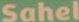
Sahel